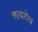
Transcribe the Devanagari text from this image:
लावरोव